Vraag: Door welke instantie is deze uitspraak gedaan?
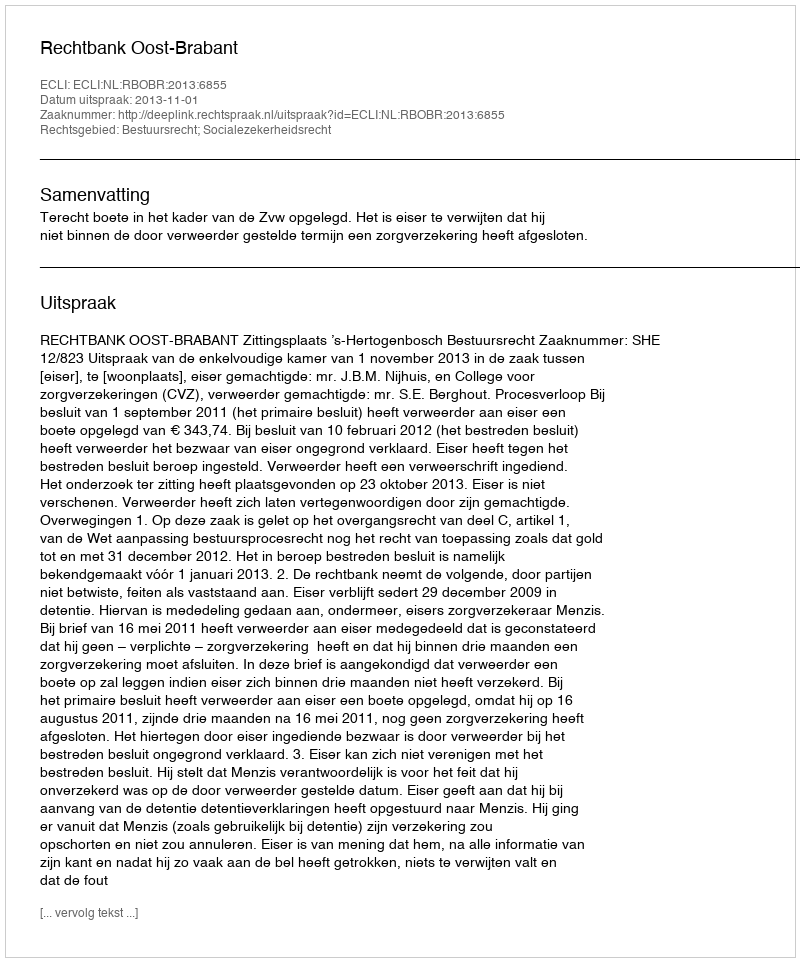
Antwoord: Rechtbank Oost-Brabant